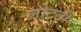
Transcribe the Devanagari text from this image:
लोटती